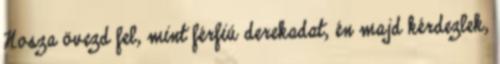
Nosza övezd fel, mint férfiú derekadat, én majd kérdezlek,